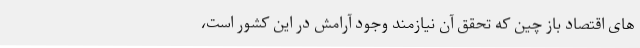
های اقتصاد باز چین که تحقق آن نیازمند وجود آرامش در این کشور است،